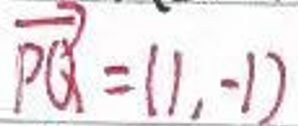
$\vec{PQ}=(1,-1)$